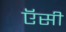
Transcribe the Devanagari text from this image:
ऍसी